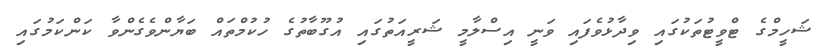
ޝަހީމްގެ ޓްވީޓުތަކުގައި ވިދާޅުވެފައި ވަނީ އިސްލާމީ ޝަރީއަތުގައި އުގޫބާތުގެ ހުކުމްތައް ބަޔާންވެގެންވާ ކަންކަމުގައި